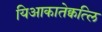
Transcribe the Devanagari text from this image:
यिआकातेक्वत्लि